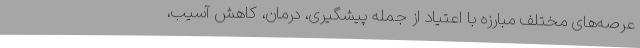
عرصه‌های مختلف مبارزه با اعتیاد از جمله پیشگیری، درمان، کاهش آسیب،